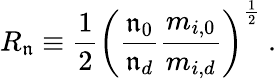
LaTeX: R_{\mathfrak{n}}\equiv\frac{{1}}{{2}}\left(\frac{{\mathfrak{n}_{0}}}{{\mathfrak{n}_{d}}}\frac{{m_{i,0}}}{{m_{i,d}}}\right)^{\frac{{1}}{{2}}}\ .